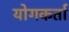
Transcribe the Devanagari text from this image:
योगकर्ता